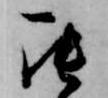
罷